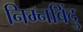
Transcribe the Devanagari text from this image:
निम्नबिंदु